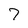
Character: 7